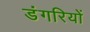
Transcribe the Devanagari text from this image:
डंगरियों